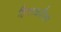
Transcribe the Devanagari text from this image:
हिताकरीता